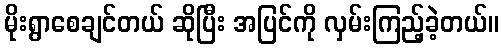
မိုးရွာစေချင်တယ် ဆိုပြီး အပြင်ကို လှမ်းကြည့်ခဲ့တယ်။